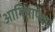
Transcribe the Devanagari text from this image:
आमिषापेक्षा